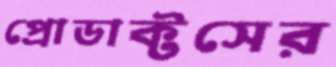
প্রোডাক্টসের